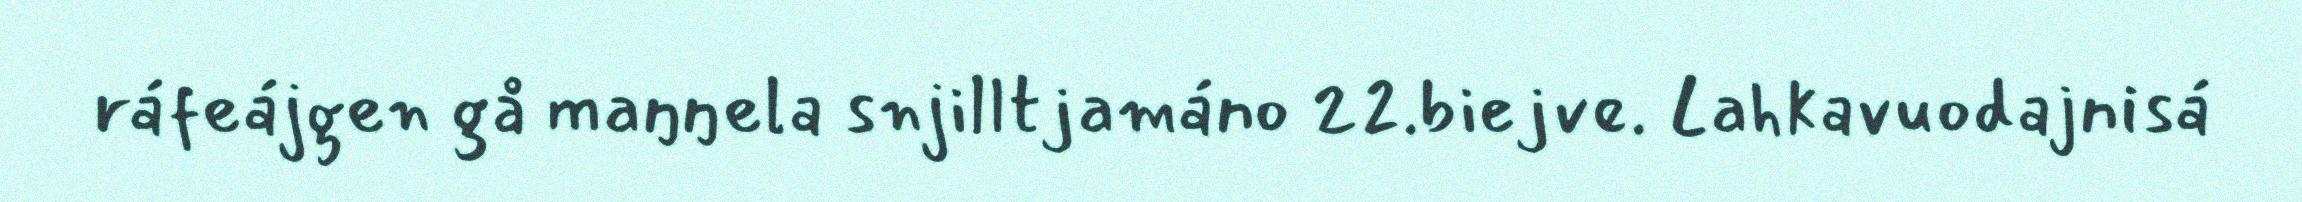
ráfeájgen gå maŋŋela snjilltjamáno 22.biejve. Lahkavuodajnisá